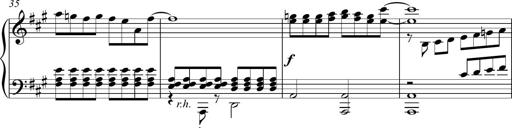
Title: Piano Sonatina in A major
Composer: Z Q Sysmoebius
Key: A major